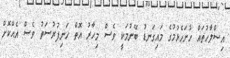
އިސްލާހުތައް ހުށަހެޅުމުގެ މައިގަނޑު ބޭނުމަކީ ވެސް މިހާރު އޮތް ހަނިފުރުސަތު ވެސް އެއްކޮށް